342_HS1-416511228_319.1 Flying Discs 1949
Agency: Department of War
Incident date: 1/9/50
Page 111
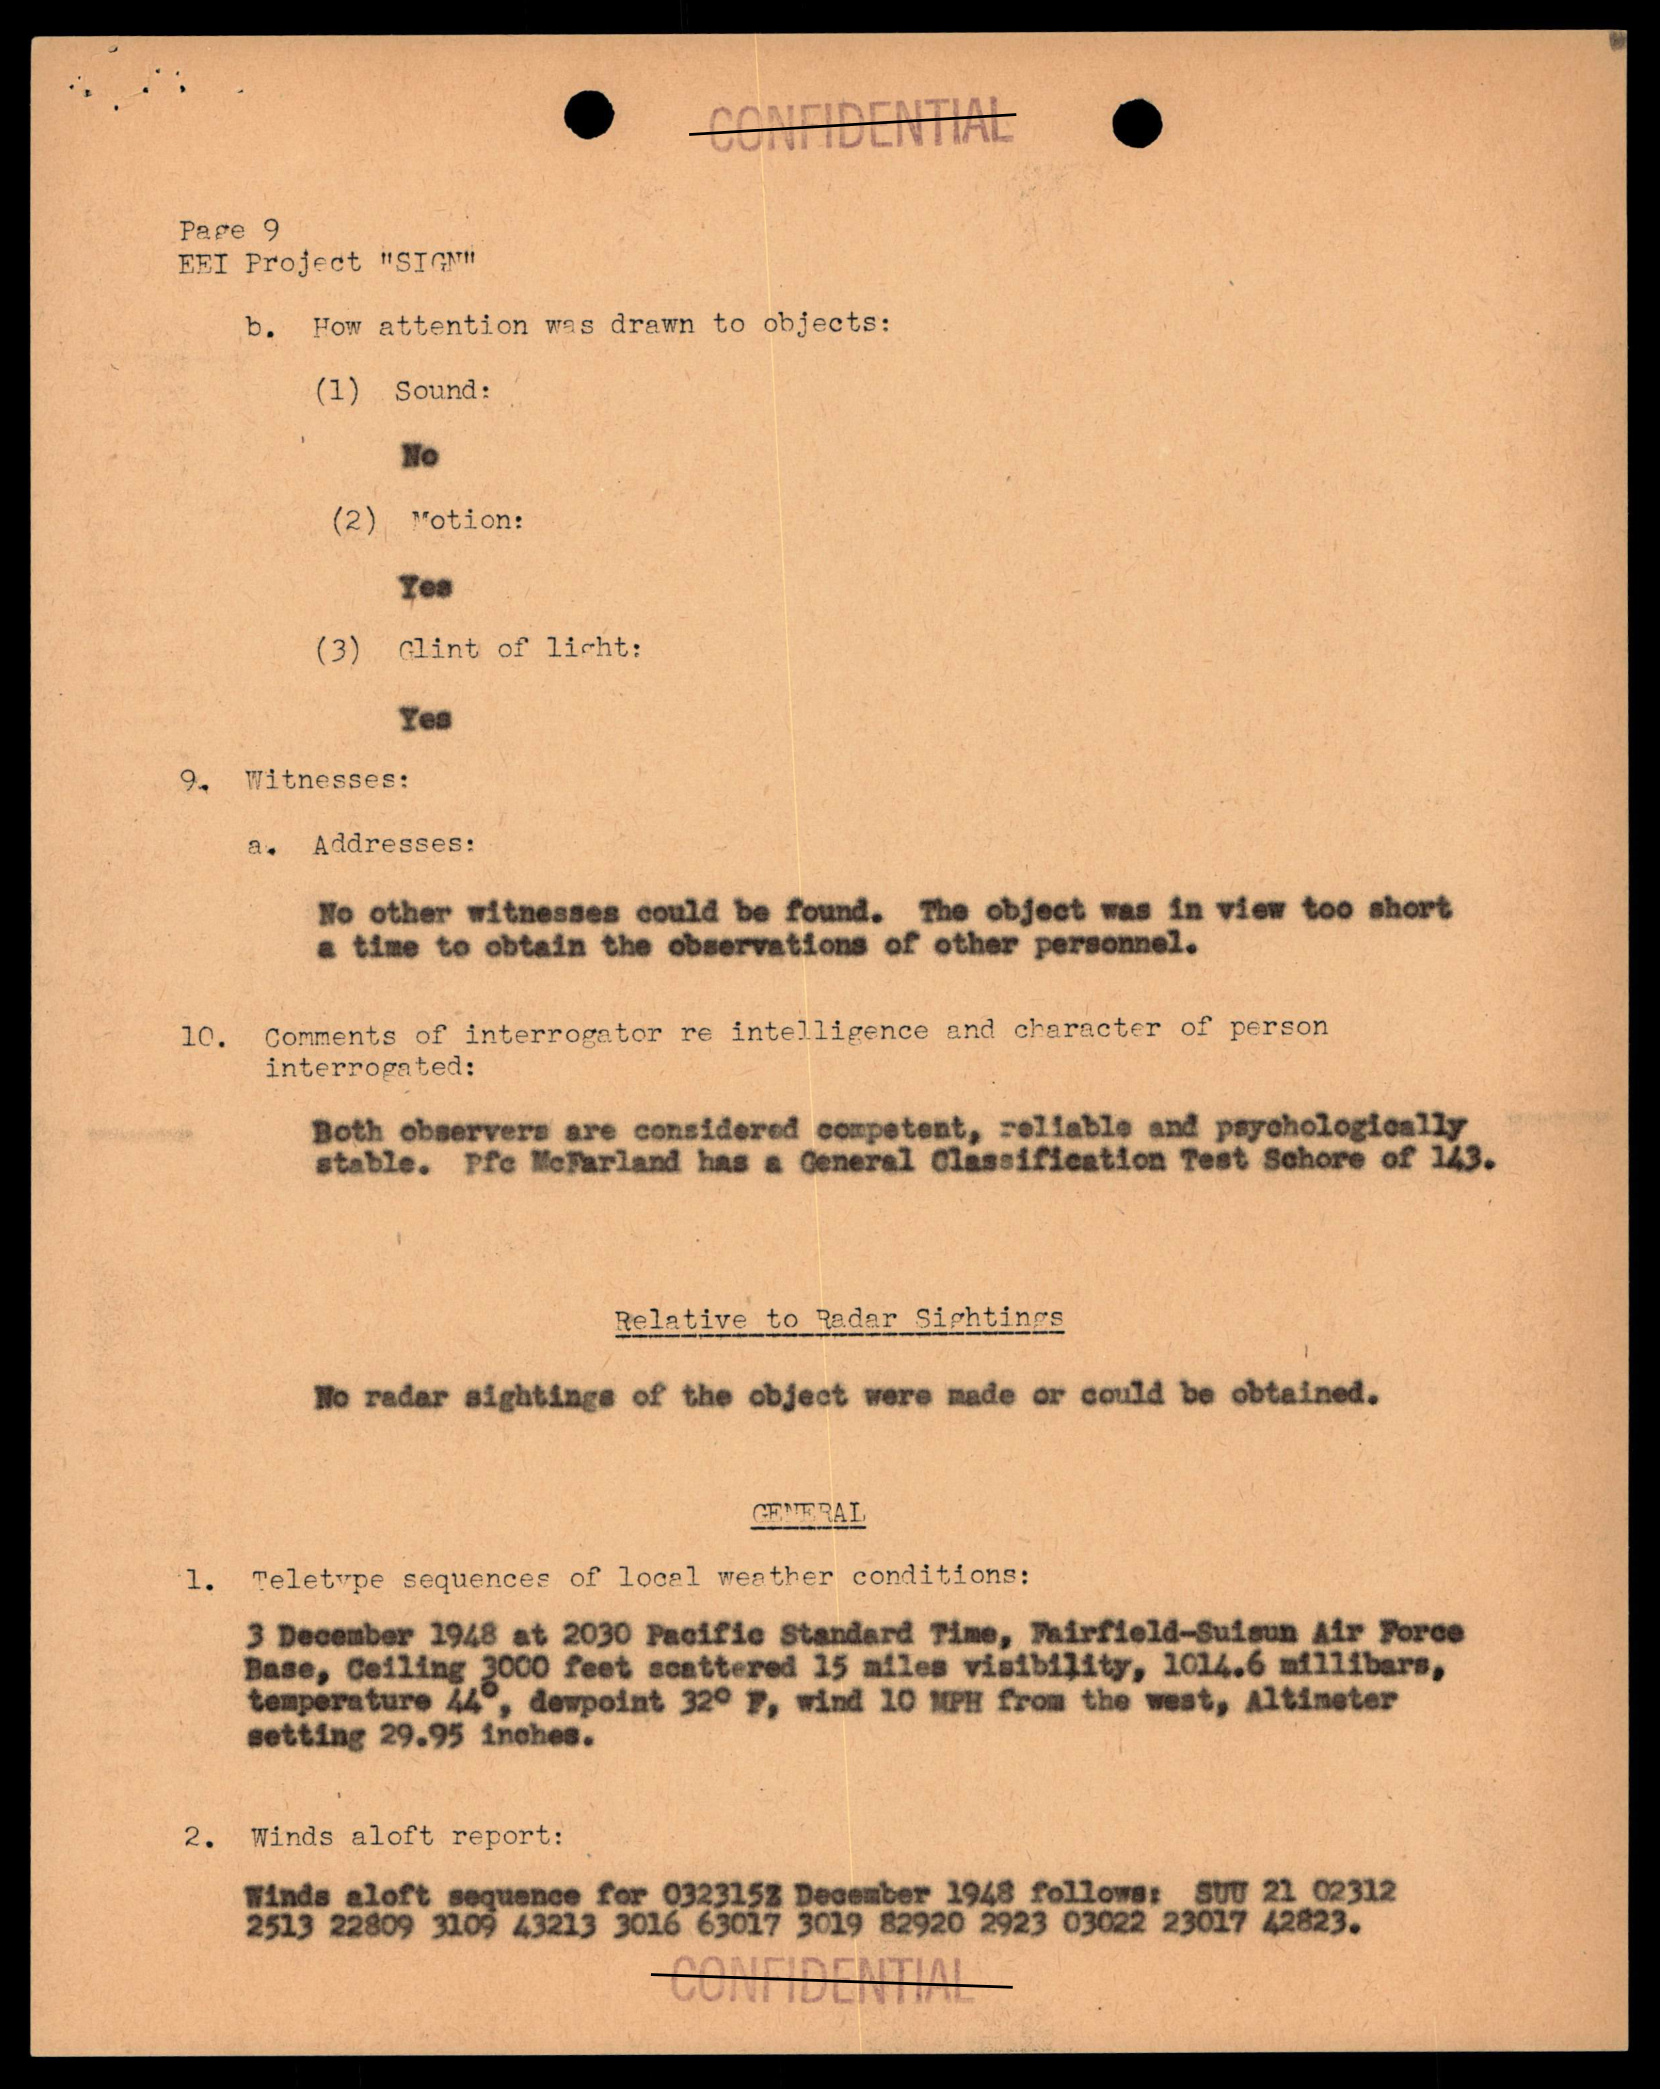